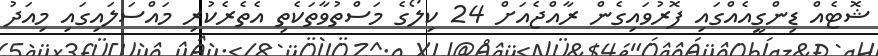
ޝޮޓެއް ޑިންގީއެއްގައި ފޮރުވައިގެން ރާއްޖެއަށް 24 ކިލޯގެ މަސްތުވާތަކެތި އެތެރެކުރި މައްސަލައިގައި މިއަދު